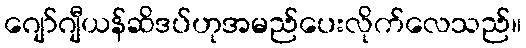
ဂျော်ဂျီယန်ဆိဒပ်ဟုအမည်ပေးလိုက်လေသည်။